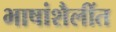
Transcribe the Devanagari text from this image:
भाषांशैलींत